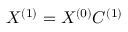
X ^ { ( 1 ) } = X ^ { ( 0 ) } C ^ { ( 1 ) }